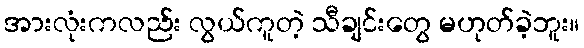
အားလုံးကလည်း လွယ်ကူတဲ့ သီချင်းတွေ မဟုတ်ခဲ့ဘူး။